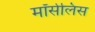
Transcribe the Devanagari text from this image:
मॉर्सेलिस